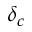
\delta _ { c }